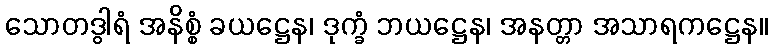
သောတဒွါရံ အနိစ္စံ ခယဋ္ဌေန၊ ဒုက္ခံ ဘယဋ္ဌေန၊ အနတ္တာ အသာရကဋ္ဌေန။